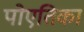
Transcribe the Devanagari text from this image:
पोएतिका